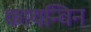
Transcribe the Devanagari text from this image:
कायन्विन